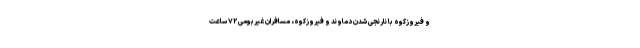
و فیروزکوه با نارنجی شدن دماوند و فیروزکوه، ‌مسافران غیربومی ۷۲ ساعت